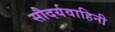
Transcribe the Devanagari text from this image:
सौदर्यवाहिनी